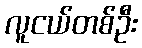
လူငယ်တစ်ဦး